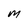
Character: M